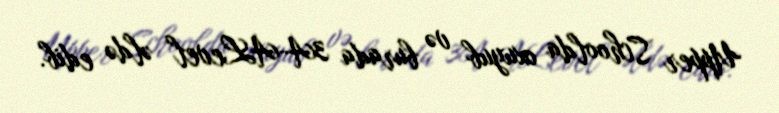
Upper Schoolda oxuyub və burada 3A-ALevel əldə edib.